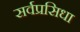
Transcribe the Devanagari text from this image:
सर्वप्रसिधा